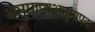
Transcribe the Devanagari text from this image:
अनुमाप्यअनुमापक